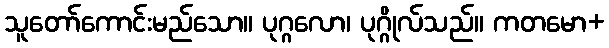
သူတော်ကောင်းမည်သော။ ပုဂ္ဂလော၊ ပုဂ္ဂိုလ်သည်။ ကတမော+